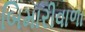
બિમારીવાળા